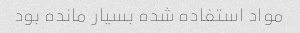
مواد استفاده شده بسیار مانده بود